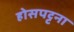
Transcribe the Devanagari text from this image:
होसपट्टना